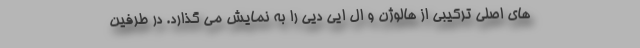
های اصلی ترکیبی از هالوژن و ال ایی دیی را به نمایش می گذارد. در طرفین